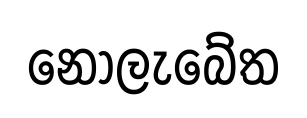
නොලැබේත